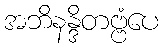
အဘိနန္ဒိတဗ္ဗံပေ